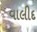
વાલીદ